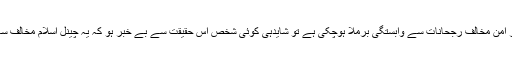
لیکن اب جب اِس کی مختلف سیاسی اور امن مخالف رجحانات سے وابستگی برملا ہوچکی ہے تو شایدہی کوئی شخص اس حقیقت سے بے خبر ہو کہ یہ چینل اسلام مخالف سامراجی پالیسیوں ہی کی ایک کڑی ہے۔